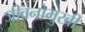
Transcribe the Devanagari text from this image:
जीवनोमुखी